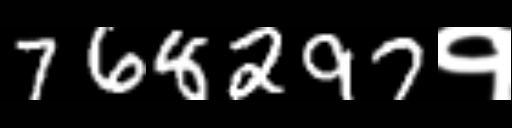
Text: 768297१